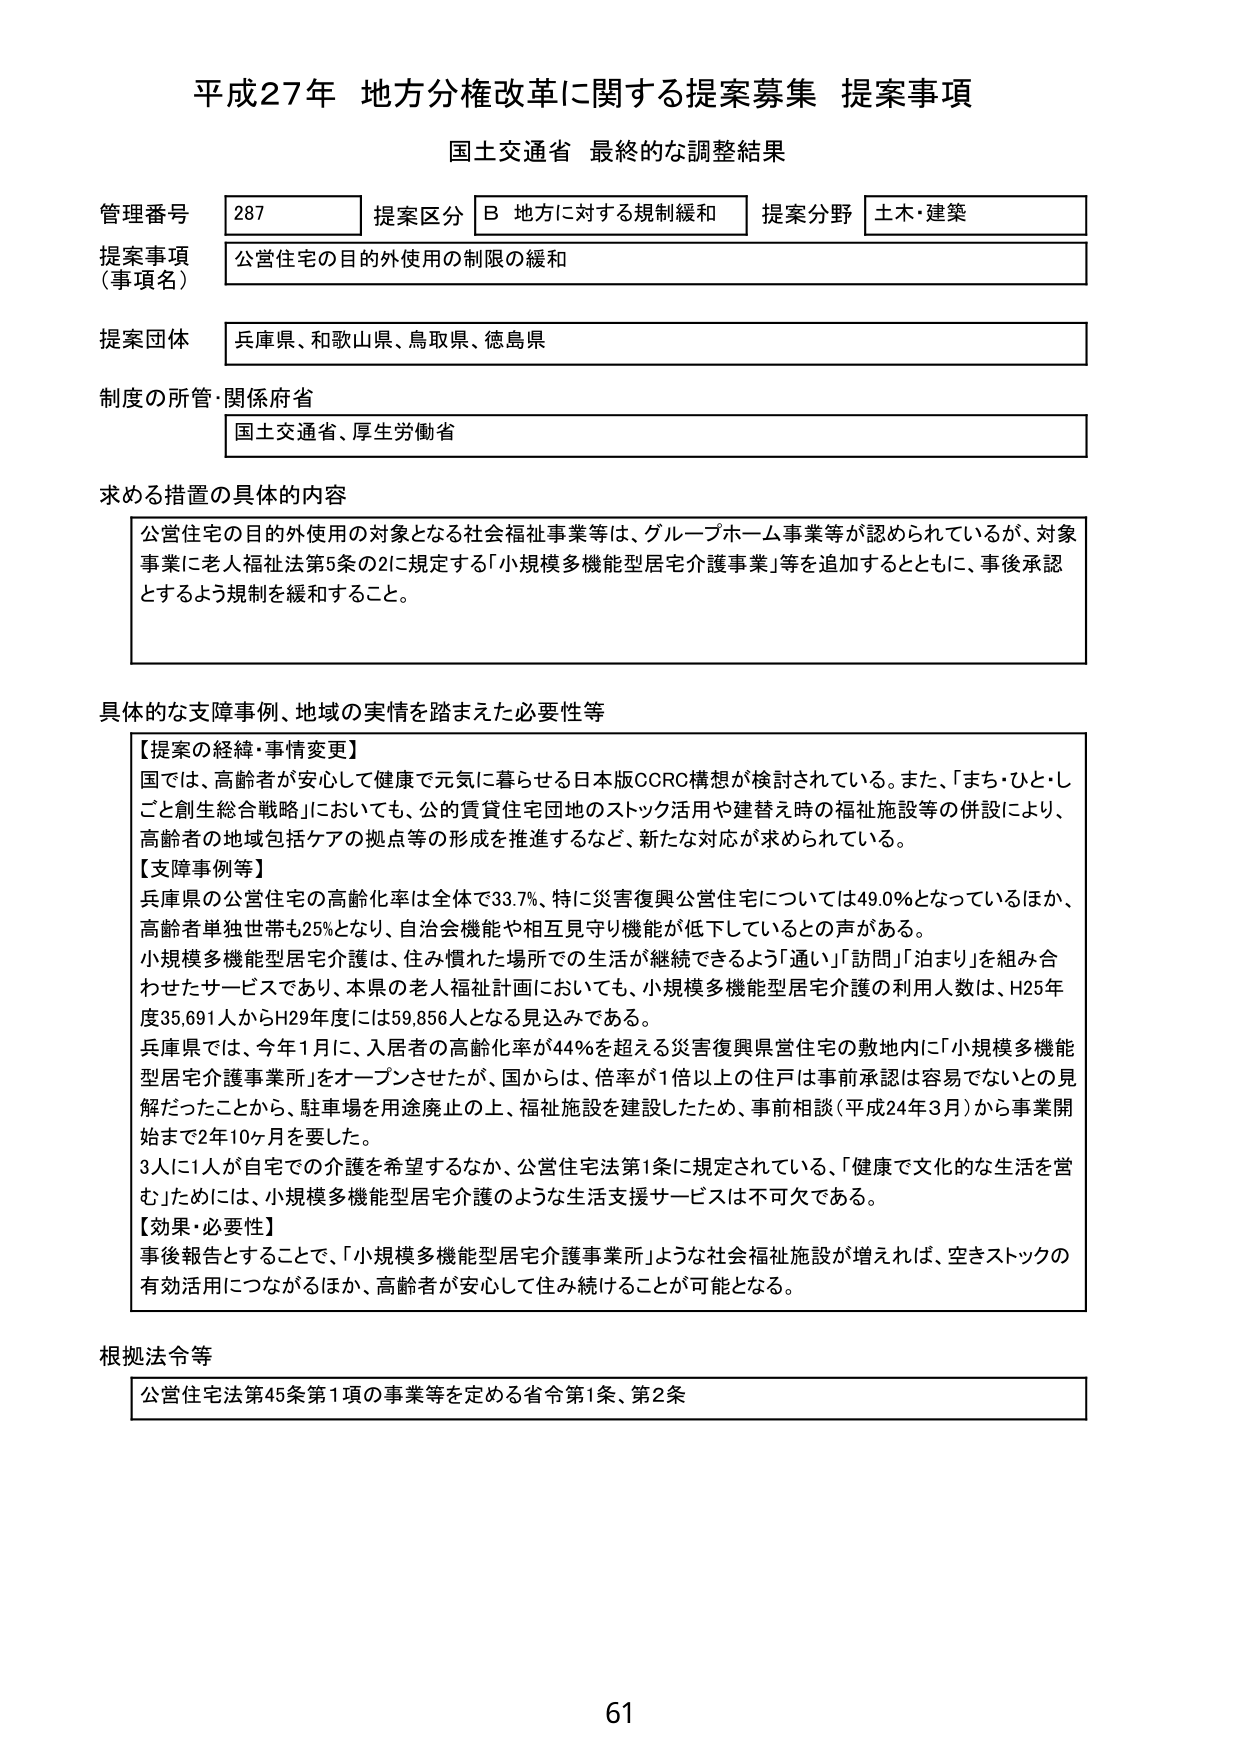
平成27年 地方分権改革に関する提案募集 提案事項
国土交通省 最終的な調整結果

管理番号 287
提案区分 B 地方に対する規制緩和
提案分野 土木・建築

提案事項（事項名）
公営住宅の目的外使用の制限の緩和

提案団体
兵庫県、和歌山県、鳥取県、徳島県

制度の所管・関係府省
国土交通省、厚生労働省

求める措置の具体的内容
公営住宅の目的外使用の対象となる社会福祉事業等は、グループホーム事業等が認められているが、対象事業に老人福祉法第5条の2に規定する「小規模多機能型居宅介護事業」等を追加するとともに、事後承認とするよう規制を緩和すること。

具体的な支障事例、地域の実情を踏まえた必要性等
【提案の経緯・事情変更】
国では、高齢者が安心して健康で元気に暮らせる日本版CCRC構想が検討されている。また、「まち・ひと・しごと創生総合戦略」においても、公的賃貸住宅団地のストック活用や建替え時の福祉施設等の併設により、高齢者の地域包括ケアの拠点等の形成を推進するなど、新たな対応が求められている。
【支障事例等】
兵庫県の公営住宅の高齢化率は全体で33.7%、特に災害復興公営住宅については49.0%となっているほか、高齢者単独世帯も25%となり、自治会機能や相互見守り機能が低下しているとの声がある。
小規模多機能型居宅介護は、住み慣れた場所での生活が継続できるよう「通い」「訪問」「泊まり」を組み合わせたサービスであり、本県の老人福祉計画においても、小規模多機能型居宅介護の利用人数は、H25年度35,691人からH29年度には59,856人となる見込みである。
兵庫県では、今年1月に、入居者の高齢化率が44%を超える災害復興県営住宅の敷地内に「小規模多機能型居宅介護事業所」をオープンさせたが、国からは、倍率が1倍以上の住戸は事前承認は容易でないとの見解だったことから、駐車場を用途廃止の上、福祉施設を建設したため、事前相談（平成24年3月）から事業開始まで2年10ヶ月を要した。
3人に1人が自宅での介護を希望するなか、公営住宅法第1条に規定されている、「健康で文化的な生活を営む」ためには、小規模多機能型居宅介護のような生活支援サービスは不可欠である。
【効果・必要性】
事後報告とすることで、「小規模多機能型居宅介護事業所」ような社会福祉施設が増えれば、空きストックの有効活用につながるほか、高齢者が安心して住み続けることが可能となる。

根拠法令等
公営住宅法第45条第1項の事業等を定める省令第1条、第2条

61